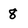
Character: 8